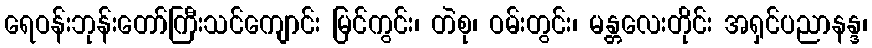
ရေဝန်းဘုန်းတော်ကြီးသင်ကျောင်း မြင်ကွင်း၊ တဲစု၊ ဝမ်းတွင်း၊ မန္တလေးတိုင်း အရှင်ပညာနန္ဒ၊